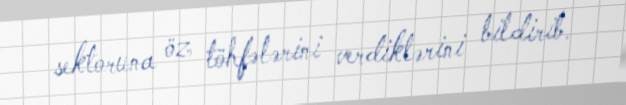
sektoruna öz töhfələrini verdiklərini bildirib.